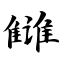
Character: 雠